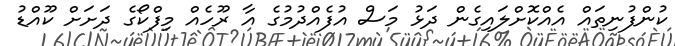
ކުންފުނިތައް އެއްކޮށްލައިގެން ދަޅު މަސް އުފެއްދުމުގެ އާ ރޫހެއް މިފްކޯގެ ދަށަށް ކޫއްޑު